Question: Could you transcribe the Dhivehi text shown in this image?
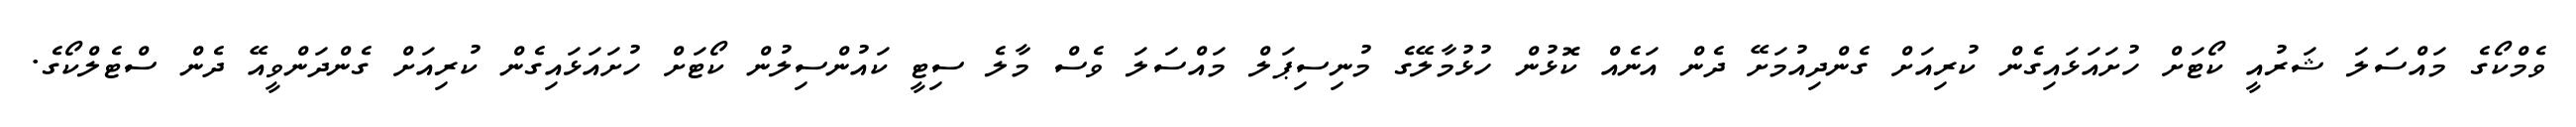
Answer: ވެމްކޯގެ މައްސަލަ ޝަރުއީ ކޯޓަށް ހުށައަޅައިގެން ކުރިއަށް ގެންދިއުމަށޭ ދެން އަނެއް ކޮޅުން ހުޅުމާލޭގެ މުނިސިޕަލް މައްސަލަ ވެސް މާލެ ސިޓީ ކައުންސިލުން ކޯޓަށް ހުށައަޅައިގެން ކުރިއަށް ގެންދަންވީއޭ ދެން ސްޓެލްކޯގެ.